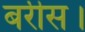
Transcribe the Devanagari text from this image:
बरीस।